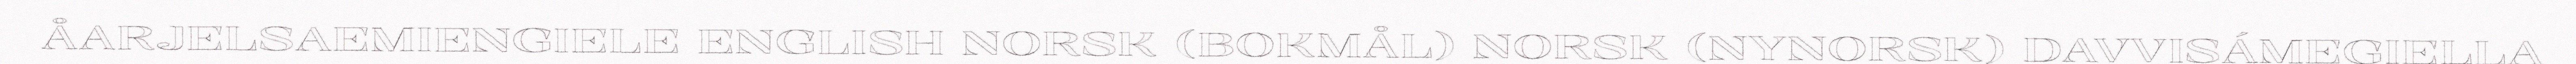
ÅARJELSAEMIENGIELE ENGLISH NORSK (BOKMÅL) NORSK (NYNORSK) DAVVISÁMEGIELLA